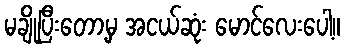
မချိုပြီးတော့မှ အငယ်ဆုံး မောင်လေးပေါ့။